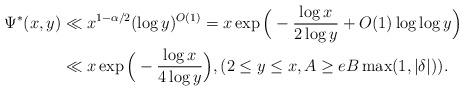
LaTeX: \begin{align*} \Psi^*(x,y) &\ll x^{1-\alpha/2} (\log y)^{O(1)} = x \exp\Big(-\frac{\log x}{2 \log y} + O(1) \log \log y \Big)\\ &\ll x \exp\Big(-\frac{\log x}{4 \log y} \Big), (2 \leq y \leq x, A \geq e B \max(1, |\delta|) ).\end{align*}